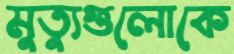
মুত্যুগুলোকে